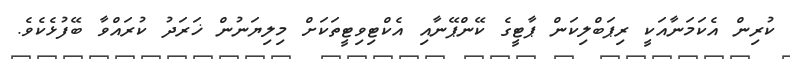
ކުރިން އެކަމަނާއަކީ ރިޕަބްލިކަން ޕާޓީގެ ކޭންޕޭނާއި އެކްޓިވިޓީތަކަށް މިލިޔަނުން ޚަރަދު ކުރައްވާ ބޭފުޅެކެވެ.